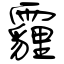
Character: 霾